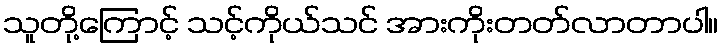
သူတို့ကြောင့် သင့်ကိုယ်သင် အားကိုးတတ်လာတာပါ။